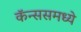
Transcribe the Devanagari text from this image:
कॅन्ससमध्ये